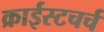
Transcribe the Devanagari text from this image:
क्राईस्टचर्च